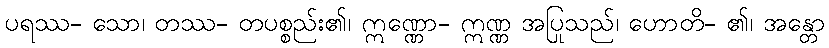
ပရဿ- သော၊ တဿ- တပစ္စည်း၏၊ ဣဏ္ဏော- ဣဏ္ဏ အပြုသည်၊ ဟောတိ- ၏၊ အန္တော